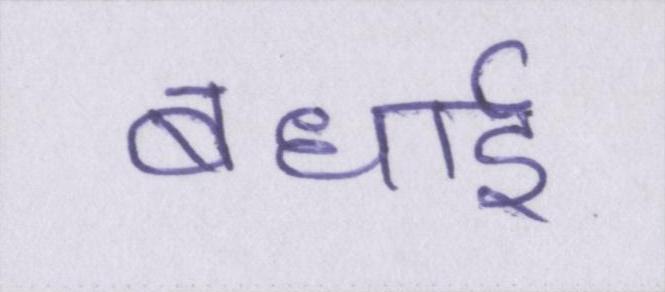
बधाई